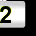
Digit: 2